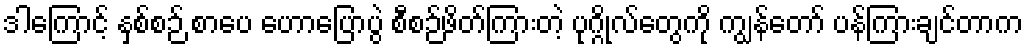
ဒါကြောင့် နှစ်စဉ် စာပေ ဟောပြောပွဲ စီစဉ်ဖိတ်ကြားတဲ့ ပုဂ္ဂိုလ်တွေကို ကျွန်တော် ပန်ကြားချင်တာက